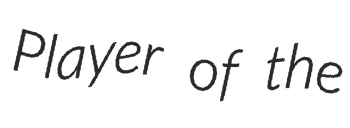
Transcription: Player of the